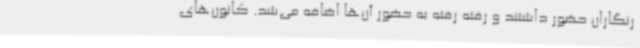
رنگاران حضور داشتند و رفته رفته به حضور آن‌ها اضافه می‌شد. کانون‌های